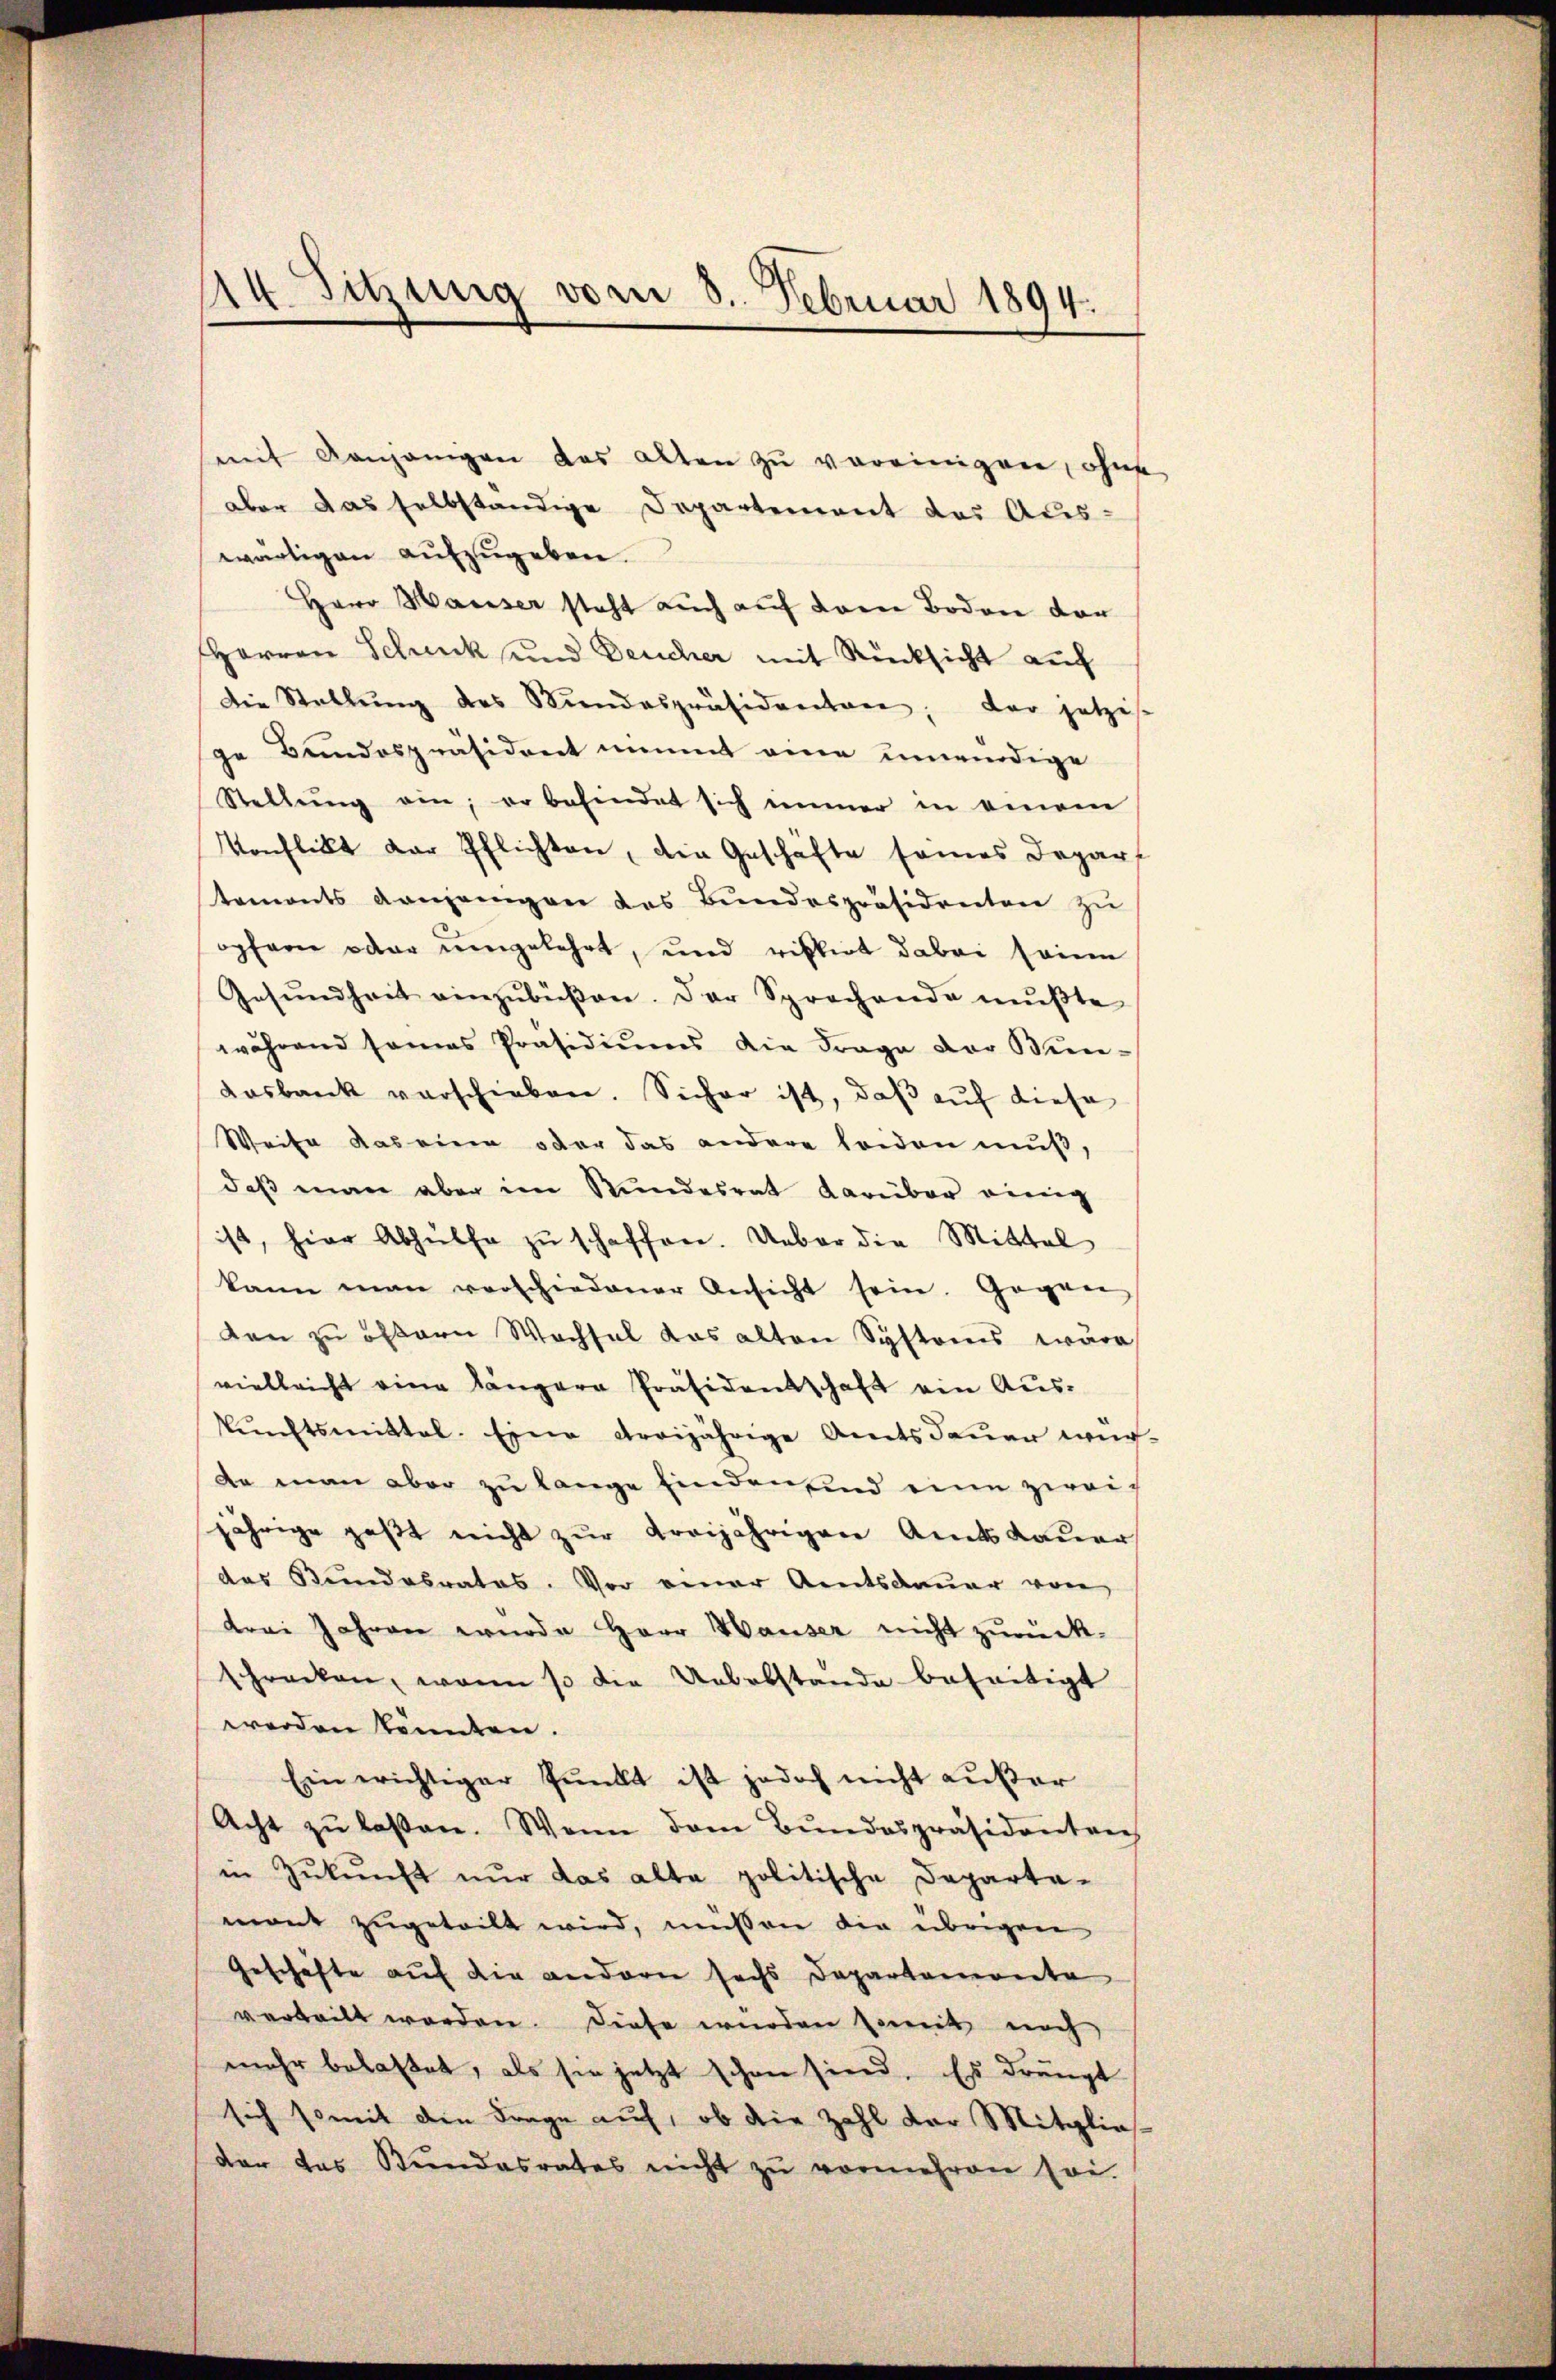
14. Sitzung vom 8. Februar 1894.

mit denjenigen des alten zu vereinigen, ohne
aber das selbständige Departement das Aus-
wärtigen aŭfzŭgeben.
Herr Hauser steht auch auf dem Boden vor
Herren Schenk und Deucher mit Rücksicht auf
Die Stellŭng des Stundespräsidenten; der jetzis
ge Bundespräsident nimmt eine unwürdige
Stellŭng ein; er befindet sich immer in einem
Konflikt der Pflichten, die Geschäfte seines Depart
tements denjenigen des Bundespräsidenten zu
opfern oder umgekehrt, und riskirt dabei seinen
Gesŭndheit einzŭbüßen. Der Sprachende mŭβte
.
während seines Präsidiŭms die Frage der Bien-
dasbank verschieben. Sicher ist, daβ aŭf diese
Weise das eine oder das andere leiden muß,
daβ man aber im Stundesrat darüber einig
ist, hier Abhülfe zŭ schaffen. Ueber die Mittel
kann man verschiedener Ansicht sein. Gegen
den zu offern Wachsel das alten Systonis wäre
vielleicht eine längere Präsidentschaft ein Auskŭnftsmittal. Eine dreijährige Amtsdauer wür-
de man aber zu lange finden sind eine zwei
jährige paßt nicht zur Kreijährigen Amtsdauer
des Bundesrates. Vor einer Amtsdauer von
drei Jahren wurde Herr Hauser nicht zurück-
schrecken, wenn so die Uebelstande beseitigt
werden könnten.
Ein wichtiger Punkt ist jedoch nicht außer
Acht zŭ lassen. Wenn dem Bŭndespräsidenten
in Zŭkŭnft nŭr das alte politische Departa-
mant zugeteilt wird, müssen die übrigen
Geschäfte auf die andern sechs Departemonte
verteilt worden. Diese würden somit noch
mehr belaßet, als sie jetzt schon sind. Es drängt
sich somit den Frage auf, ob die Zahl der Mitglieder das Kindesrates nicht zŭ vermehren sei.

“